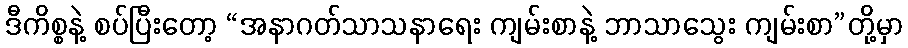
ဒီကိစ္စနဲ့ စပ်ပြီးတော့ “အနာဂတ်သာသနာရေး ကျမ်းစာနဲ့ ဘာသာသွေး ကျမ်းစာ”တို့မှာ